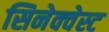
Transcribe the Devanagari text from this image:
सिनेक्वेस्ट